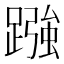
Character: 𮜓